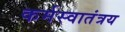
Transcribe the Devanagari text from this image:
कर्मस्वातंत्रय